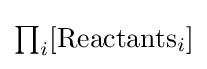
{\textstyle \prod _{i}[{\text{Reactants}}_{i}]}